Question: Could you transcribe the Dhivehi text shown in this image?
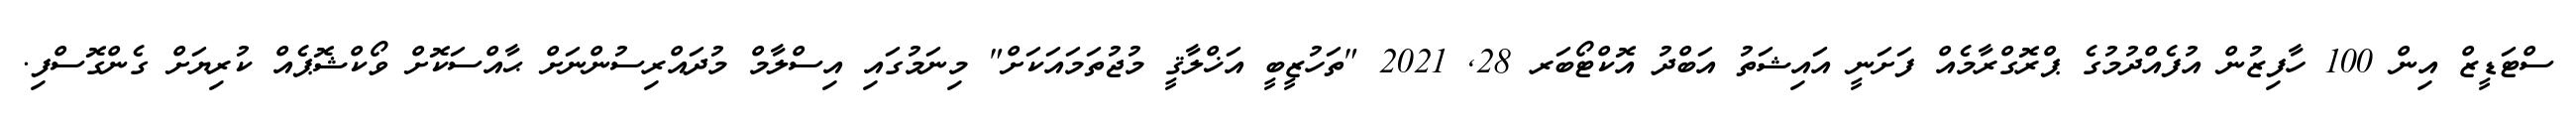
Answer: ސްޓަޑީޒް އިން 100 ހާފިޒުން އުފެއްދުމުގެ ޕްރޮގްރާމެއް ފަށަނީ އައިޝަތު އަބްދު އޮކްޓޯބަރ 28, 2021 "ތަހުޒީބީ އަޚްލާޤީ މުޖުތަމައަކަށް" މިނަމުގައި އިސްލާމް މުދައްރިސުންނަށް ޙާއްސަކޮށް ވޯކްޝޮޕެއް ކުރިޔަށް ގެންގޮސްފި.